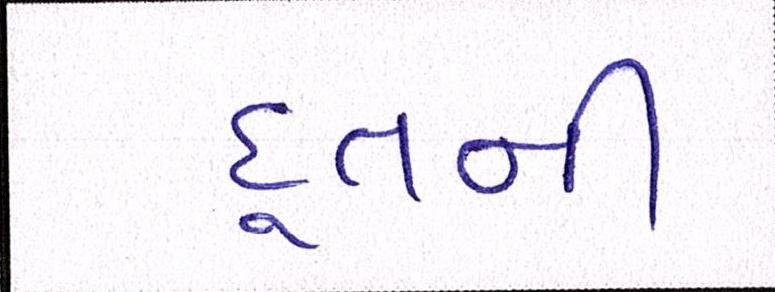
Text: દૂતની